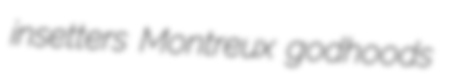
insetters Montreux godhoods